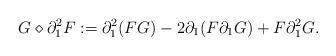
LaTeX: \begin{align*} G \diamond \partial_1^2 F := \partial_1^2 ( F G) - 2 \partial_1 ( F \partial_1G ) + F \partial_1^2 G. \end{align*}